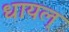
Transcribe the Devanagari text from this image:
धायल्